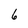
Character: 6